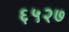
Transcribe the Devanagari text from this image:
६५२७